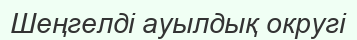
Шеңгелді ауылдық округі